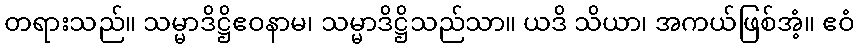
တရားသည်။ သမ္မာဒိဋ္ဌိဧဝနာမ၊ သမ္မာဒိဋ္ဌိသည်သာ။ ယဒိ သိယာ၊ အကယ်ဖြစ်အံ့။ ဧဝံ